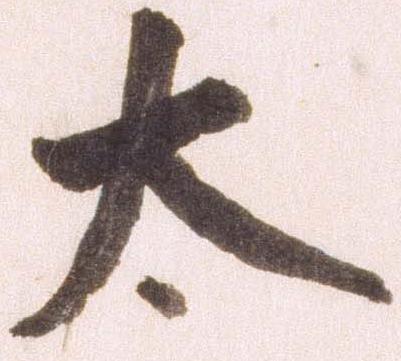
太